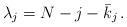
LaTeX: \begin{align*}\lambda_j = N - j - \bar{k}_j \, .\end{align*}